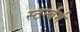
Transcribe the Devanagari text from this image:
स्टर्न्बर्ग